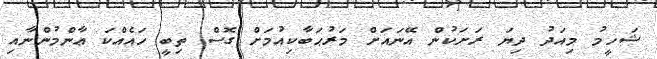
ޝަހީމު މިއަދު ދިޔަ ރަށަކުން އޭނައަށް މަރުޙަބާކިއުމަށް ގޮސް ތިބީ ހައެއްކަ ޢާންމުންނާއި